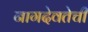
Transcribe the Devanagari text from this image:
नागदेवतेची